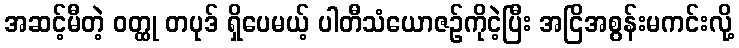
အဆင့်မီတဲ့ ဝတ္ထု တပုဒ် ရှိပေမယ့် ပါတီသံယောဇဉ်ကိုငဲ့ပြီး အငြိအစွန်းမကင်းလို့